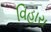
વિહારા